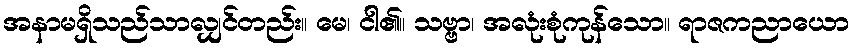
အနာမရှိသည်သာလျှင်တည်း။ မေ၊ ငါ၏။ သဗ္ဗာ၊ အလုံးစုံကုန်သော။ ရာဇကညာယော